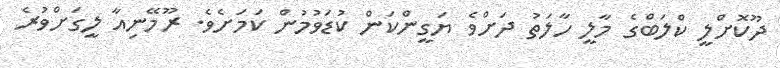
ދޫކޮށްލީ ކްލަބްގެ މާލީ ހާލަތު ދަށްވެ ޔަގީންކަން ކުޑަވުމުން ކަމަށެވެ. ރޫމޭނިއާ ލީގަށްވުރެ